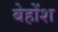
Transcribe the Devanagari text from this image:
बेहोंश